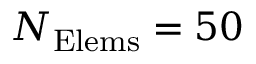
N _ { \mathrm { E l e m s } } = 5 0